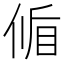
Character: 𬾱